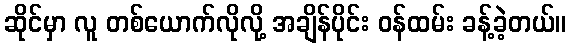
ဆိုင်မှာ လူ တစ်ယောက်လိုလို့ အချိန်ပိုင်း ဝန်ထမ်း ခန့်ခဲ့တယ်။